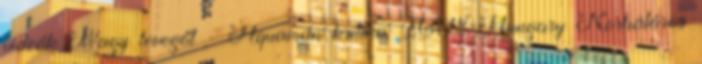
videók Nagy levegőt - Aquaman kritika IGN Hungary Korhatáros